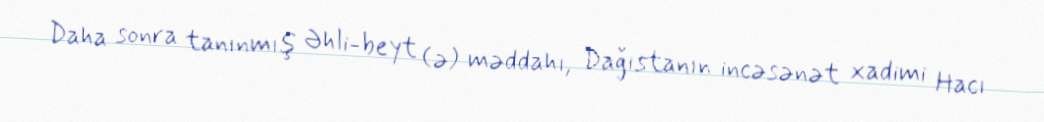
Daha sonra tanınmış Əhli-beyt (ə) məddahı, Dağıstanın incəsənət xadimi Hacı